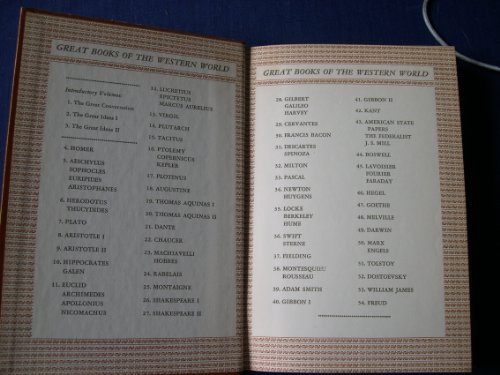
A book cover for The History of Herodotus / The History of the Peloponnesian War (Great Books of the Western World, Vol. 6); Herodotus; Reference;